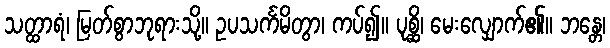
သတ္ထာရံ၊ မြတ်စွာဘုရားသို့။ ဥပသင်္ကမိတွာ၊ ကပ်၍။ ပုစ္ဆိ၊ မေးလျှောက်၏။ ဘန္တေ၊